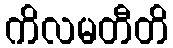
ကိလမတီတိ